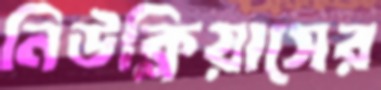
নিউক্লিয়াসের